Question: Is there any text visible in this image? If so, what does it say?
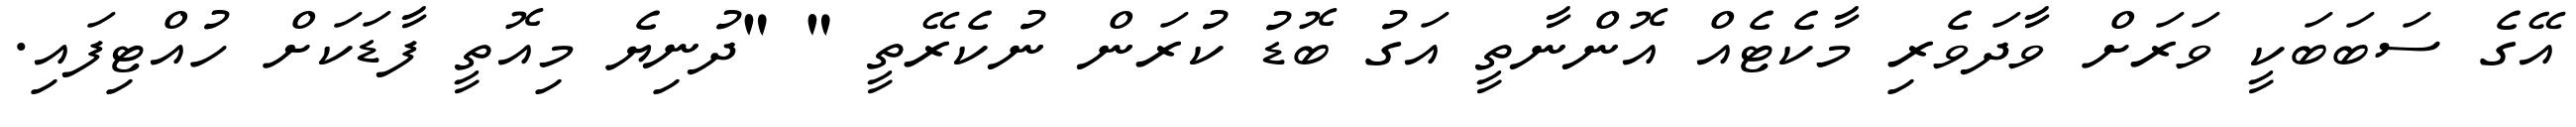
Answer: އޭގެ ސަބަބަކީ ވަރަށް ވާދަވެރި މާކެޓެއް އޮންނާތީ އަގު ބޮޑު ކުރަން ނުކެރޭތީ " "ދުނިޔެ މިއޮތީ ފާޑަކަށް ހުއްޓިފައި.